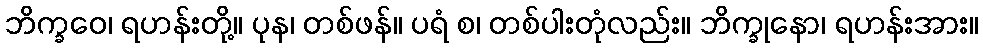
ဘိက္ခဝေ၊ ရဟန်းတို့။ ပုန၊ တစ်ဖန်။ ပရံ စ၊ တစ်ပါးတုံလည်း။ ဘိက္ခုနော၊ ရဟန်းအား။